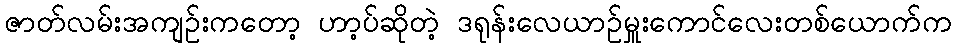
ဇာတ်လမ်းအကျဥ်းကတော့ ဟာ့ပ်ဆိုတဲ့ ဒရုန်းလေယာဥ်မှူးကောင်လေးတစ်ယောက်က